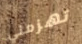
تهزمني